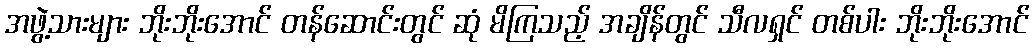
အဖွဲ့သားများ ဘိုးဘိုးအောင် တန်ဆောင်းတွင် ဆုံ မိကြသည့် အချိန်တွင် သီလရှင် တစ်ပါး ဘိုးဘိုးအောင်